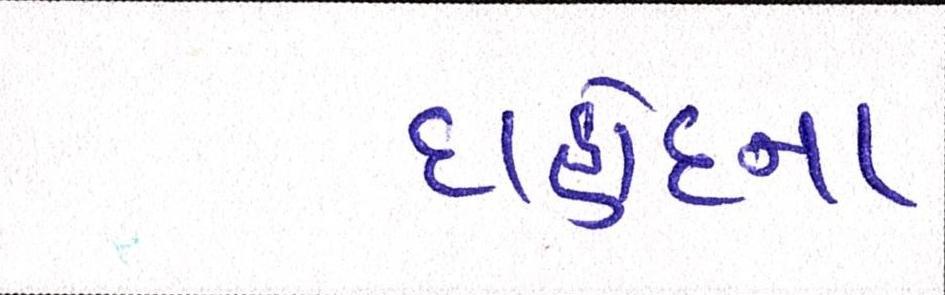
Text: દાહોદના